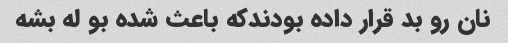
نان رو بد قرار داده بودندکه باعث شده بو له بشه